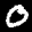
Label: 0